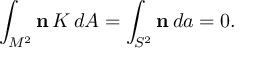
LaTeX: \int _ { M ^ { 2 } } { \bf n } \, K \, d A = \int _ { S ^ { 2 } } { \bf n } \, d a = 0 .